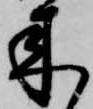
来